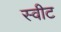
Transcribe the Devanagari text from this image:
स्‍वीट